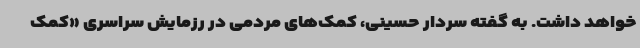
خواهد داشت. به گفته سردار حسینی، کمک‌های مردمی در رزمایش سراسری «کمک